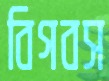
বিগবস